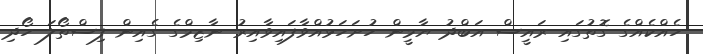
ހެއްކެއްގެ ގޮތުގައި ރައީސް އަބްދު ޔާމީން ހުށަހަޅުއްވާފައިވާއިރު ނާޒިމްގެ ގެއިން ފިސްތޯލަ ހޯދި